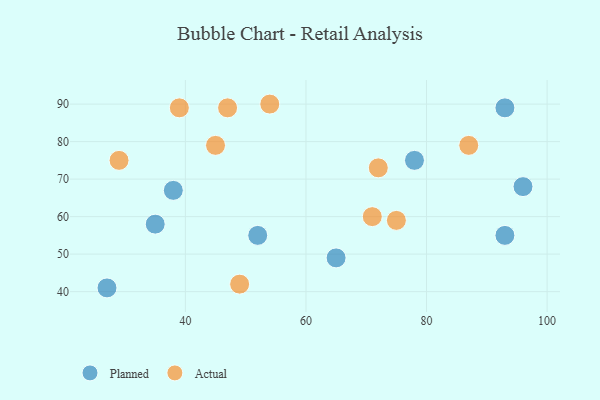
{"axis": {"x": "GDP", "y": "Life Expectancy"}, "legend": ["Actual", "Planned"], "data": [{"x": "96", "y": 68, "type": "Planned"}, {"x": "93", "y": 55, "type": "Planned"}, {"x": "52", "y": 55, "type": "Planned"}, {"x": "93", "y": 89, "type": "Planned"}, {"x": "27", "y": 41, "type": "Planned"}, {"x": "38", "y": 67, "type": "Planned"}, {"x": "65", "y": 49, "type": "Planned"}, {"x": "35", "y": 58, "type": "Planned"}, {"x": "78", "y": 75, "type": "Planned"}, {"x": "47", "y": 89, "type": "Actual"}, {"x": "39", "y": 89, "type": "Actual"}, {"x": "54", "y": 90, "type": "Actual"}, {"x": "45", "y": 79, "type": "Actual"}, {"x": "71", "y": 60, "type": "Actual"}, {"x": "87", "y": 79, "type": "Actual"}, {"x": "75", "y": 59, "type": "Actual"}, {"x": "72", "y": 73, "type": "Actual"}, {"x": "49", "y": 42, "type": "Actual"}, {"x": "29", "y": 75, "type": "Actual"}]}